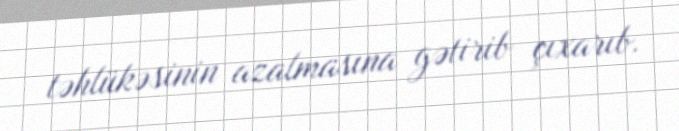
təhlükəsinin azalmasına gətirib çıxarıb.